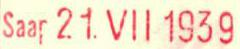
Saap 21.VII 1939